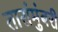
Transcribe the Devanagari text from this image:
तारांमुंबरी